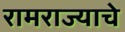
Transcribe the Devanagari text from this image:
रामराज्याचे